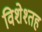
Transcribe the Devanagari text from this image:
विशेश्तह